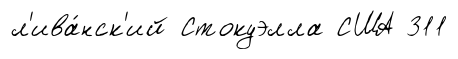
л'ива́нск'ий Стокуэлла США 311